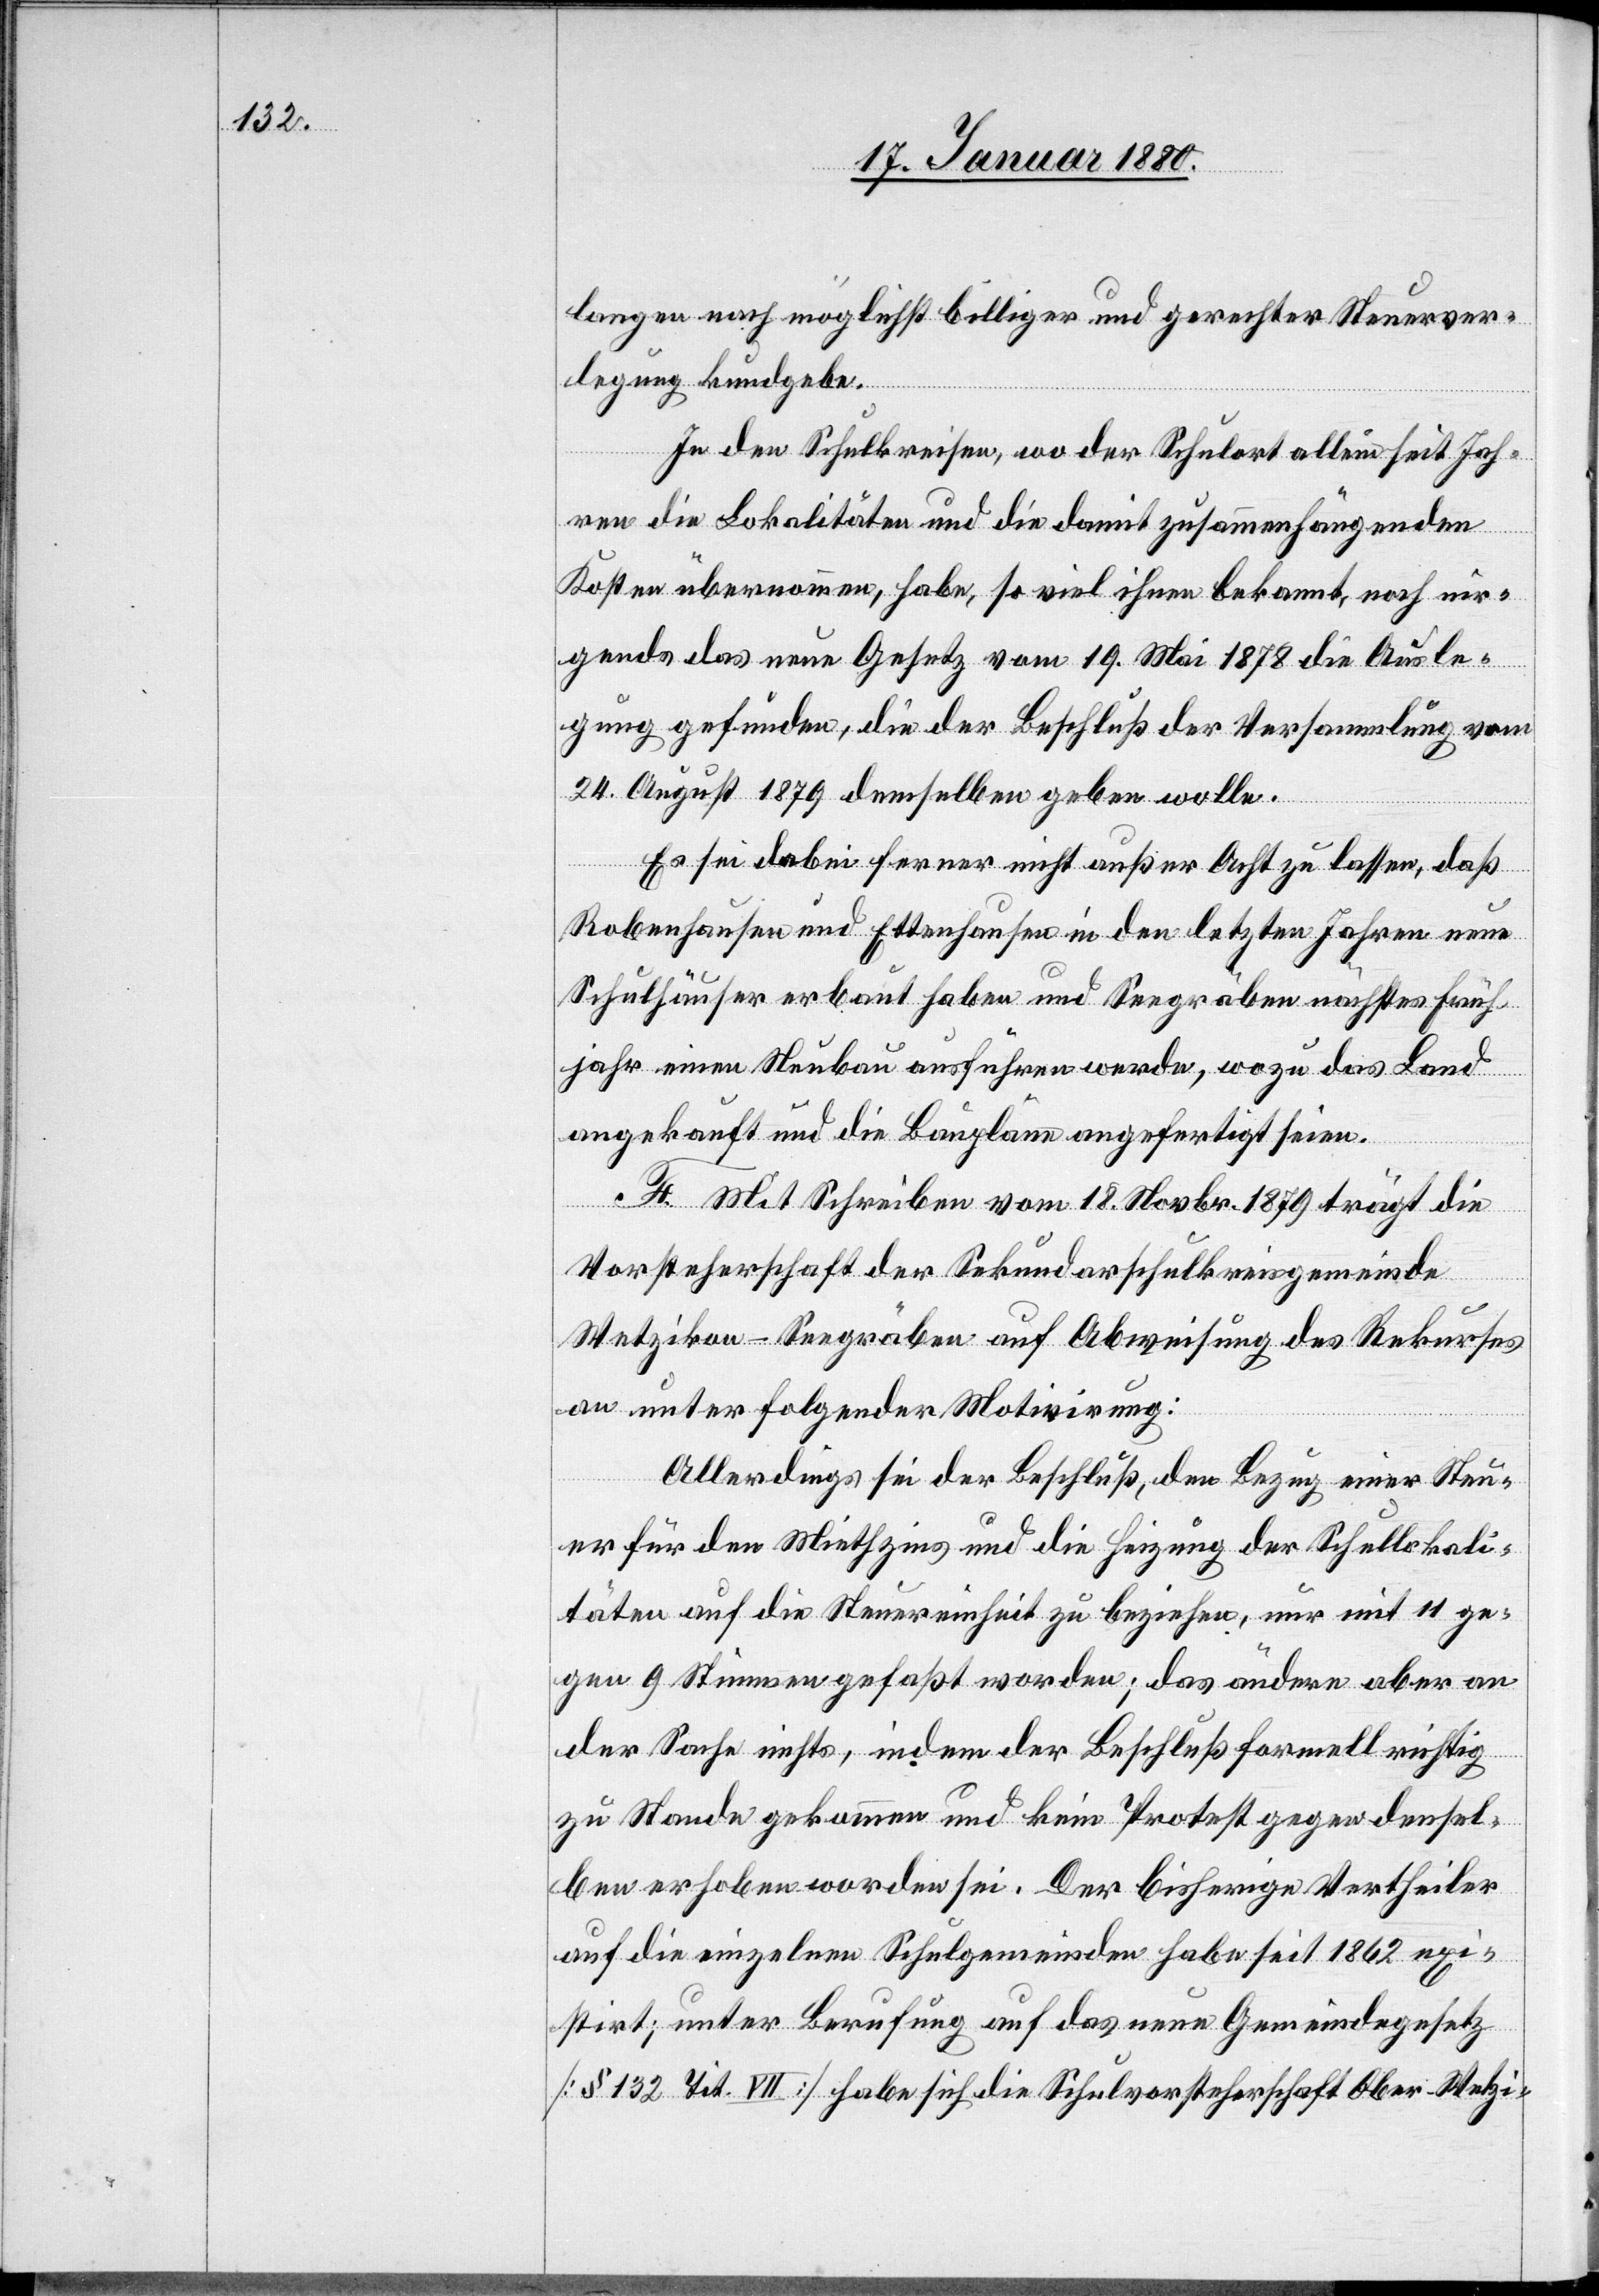
langen nach möglichst billiger und gerechter Steuerver¬
legung kundgebe.
In den Schulkreisen, wo der Schulort allein seit Jah¬
ren die Lokalitäten und die damit zusammenhängenden
Kosten übernommen, habe, so viel ihnen bekannt, noch nir¬
gends das neue Gesetz vom 19. Mai 1878 die Ausle¬
gung gefunden, die der Beschluß der Versammlung vom
24. August 1879 demselben geben wolle.
Es sei dabei ferner nicht außer Acht zu lassen, daß
Robenhausen und Ettenhausen in den letzten Jahren neue
Schulhäuser erbaut haben und Seegräben nächstes Früh¬
jahr einen Neubau ausführen werde, wozu das Land
angekauft und die Baupläne angefertigt seien.
F. Mit Schreiben vom 18. Novbr. 1879 trägt die
Vorsteherschaft der Sekundarschulkreisgemeinde
Wetzikon - Seegräben auf Abweisung des Rekurses
an unter folgender Motivirung:
Allerdings sei der Beschluß, den Bezug einer Steu¬
er für den Miethzins und die Heizung der Schullokali¬
täten auf die Steuereinheit zu beziehen, nur mit 11 ge¬
gen 9 Stimmen gefaßt worden; das ändere aber an
der Sache nichts, indem der Beschluß formell richtig
zu Stande gekommen und kein Protest gegen densel¬
ben erhoben worden sei. Der bisherige Vertheiler
auf die einzelnen Schulgemeinden habe seit 1862 exi¬
stirt; unter Berufung auf das neue Gemeindegesetz
[§ 132 Tit. VII] habe sich die Schulvorsteherschaft Ober-Wetzi-